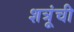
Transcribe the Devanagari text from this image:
शत्रूंची